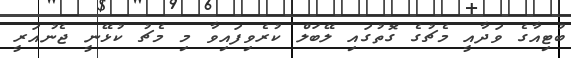
ބުޓިއާގެ ވަދާއީ މެޗުގެ ގޮތުގައި ލޭބަލް ކުރެވިފައިވާ މި މެޗު ކުޅޭނީ ޖެނުއަރީ